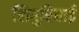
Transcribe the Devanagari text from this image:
लिगुरियाई